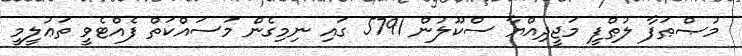
މުޞްޠަފާ ލުޠްފީ މަޖީދިއްޔާ ސްކޫލުން 5791 ގައި ނިމިގެން މަސައްކަތް ފެއްޓެވީ ތަޢުލީމީ